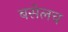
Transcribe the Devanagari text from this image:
बसेलच